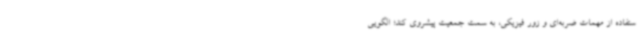
ستفاده از مهمات ضربه‌ای و زور فیزیکی، به سمت جمعیت پیشروی کند؛ الگویی